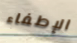
الإطفاء